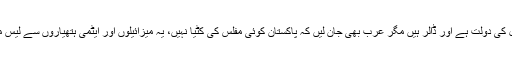
ہم نے ان کے رستے میں ریڈ کارپٹ کی بجائے اپنی پلکیں بچھائیں اس لئے کہ ان کے پاس تیل کی دولت ہے اور ڈالر ہیں مگر عرب بھی جان لیں کہ پاکستان کوئی مفلس کی کٹیا نہیں، یہ میزائیلوں اور ایٹمی ہتھیاروں سے لیس ملک ہے اور اسے اپنے دفاع کے لئے کسی کی حمایت اور لفاظی ہمدردی کی ضرورت نہیں،۔